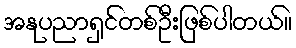
အနုပညာရှင်တစ်ဦးဖြစ်ပါတယ်။